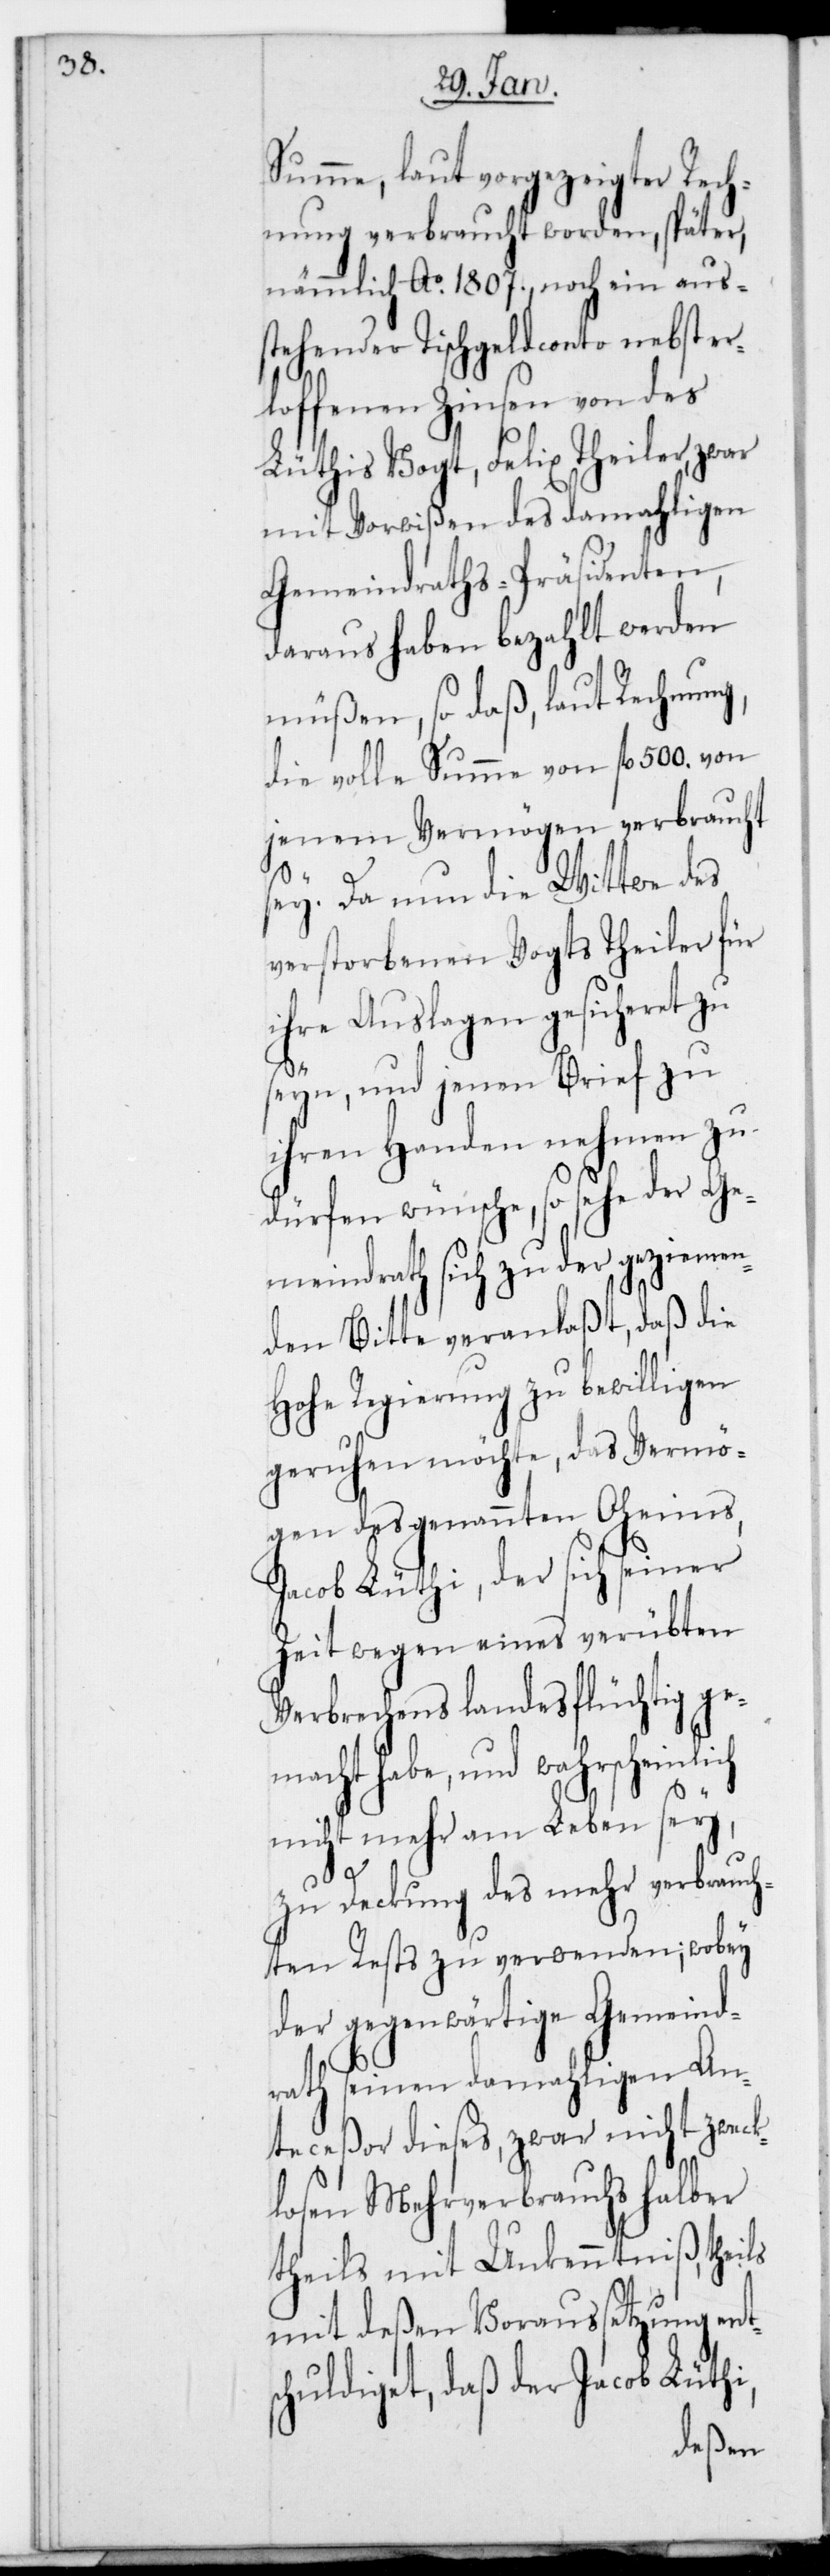
Summe, laut angezeigter Rech¬
nung verbraucht worden, später
nämmlich Ao 1807., noch ein aus¬
stehender Tischgeldconto nebst er¬
loffenen Zinsen von des
Lüthis Vogt, Felix Theiler, zwar
mit Vorwißen des damaligen
Gemeindraths-Präsidenten,
daraus haben bezahlt werden
müßen, so daß, laut Rechnung,
die volle Summe von fl. 500. von
jenem Vermögen verbraucht
sei. Da nun die Wittwe des
verstorbenen Vogts Theiler für
ihre Auslagen gesicheret zu
seyn, und jenen Brief zu
ihren Handen nehmen zu
dürfen wünsche, so sehe der Ge¬
meindrath sich zu der geziemen¬
den Bitte veranlaßt, daß die
Hohe Regierung zu bewilligen
geruhen möchte, das Vermö¬
gen des genannten Oheims,
Jacob Lüthi, der sich seiner
Zeit wegen eines verübten
Verbrechens landesflüchtig ge¬
macht habe, und wahrscheinlich
nicht mehr am Leben sey,
zu Deckung des mehr verbrauch¬
ten Rests zu verwenden; wobey
der gegenwärtige Gemeind¬
rath seinen damaligen An¬
teceßor dieses, zwar nicht zweck¬
losen Mehrverbrauchs halber
theils mit Unkenntniß, theils
mit deßen Voraussetzung ent¬
schuldiget, daß der Jacob Lüthi,